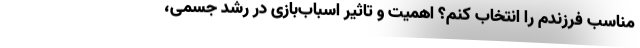
مناسب فرزندم را انتخاب کنم؟ اهمیت و تاثیر اسباب‌بازی در رشد جسمی،